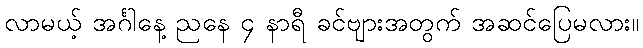
လာမယ့် အင်္ဂါနေ့ ညနေ ၄ နာရီ ခင်ဗျားအတွက် အဆင်ပြေမလား။